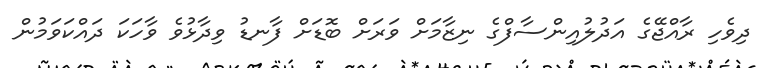
ދިވެހި ރާއްޖޭގެ އަދުލުއިންސާފްގެ ނިޒާމަށް ވަރަށް ބޮޑަށް ފާނޑު ވިދާޅުވެ ވާހަކަ ދައްކަވަމުން